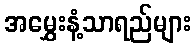
အမွှေးနံ့သာရည်များ